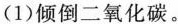
(1)倾倒二氧化碳。